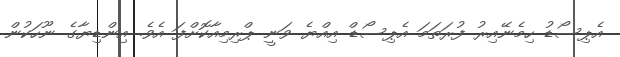
އެޕިސޯޑު ހިމެނޭއިރު ފުރަތަމަ އެޕިސޯޑް އިއްޔެ ވަނީ ޕްރިމިއާކޮށްފަ އެވެ. އިންޑިޔާގެ ނޫހަކުން